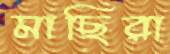
মাছিরা